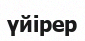
үйірер